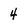
Character: 4